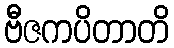
ဗီဇကပိတာတိ